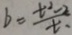
b = \frac { t ^ { 2 } - 2 } { t . }